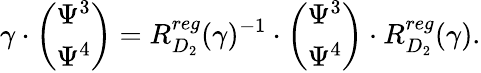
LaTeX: \gamma\cdot\left(\begin{array}{cc}{{\Psi^{3}}}\\ {{\Psi^{4}}}\end{array}\right)=R_{D_{2}}^{reg}(\gamma)^{-1}\cdot\left(\begin{array}{cc}{{\Psi^{3}}}\\ {{\Psi^{4}}}\end{array}\right)\cdot R_{D_{2}}^{reg}(\gamma).